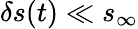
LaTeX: \delta s(t)\ll s_{\infty}